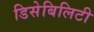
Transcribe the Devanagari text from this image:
डिसेबिलिटी